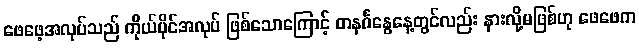
ဖေဖေ့အလုပ်သည် ကိုယ်ပိုင်အလုပ် ဖြစ်သောကြောင့် တနင်္ဂနွေနေ့တွင်လည်း နားလို့မဖြစ်ဟု ဖေဖေက